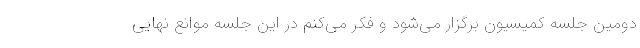
دومین جلسه کمیسیون برگزار می‌شود و فکر می‌کنم در این جلسه موانع نهایی